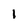
Character: 1